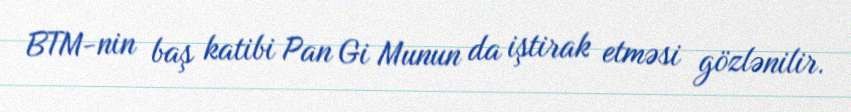
BTM-nin baş katibi Pan Gi Munun da iştirak etməsi gözlənilir.